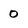
Character: 0